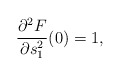
\begin{align*}\frac{\partial^2 F}{\partial s_1^2}(0)=1,\end{align*}